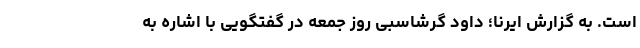
است. به گزارش ایرنا؛ داود گرشاسبی روز جمعه در گفتگویی با اشاره به